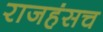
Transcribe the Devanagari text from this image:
राजहंसच